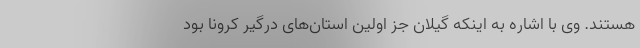
هستند. وی با اشاره به اینکه گیلان جز اولین استان‌های درگیر کرونا بود